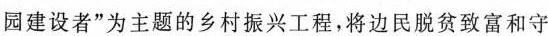
园建设者”为主题的乡村振兴工程，将边民脱贫致富和守